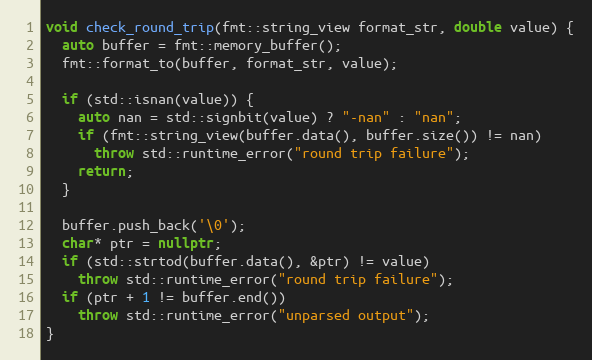
Language: C++
void check_round_trip(fmt::string_view format_str, double value) {
  auto buffer = fmt::memory_buffer();
  fmt::format_to(buffer, format_str, value);

  if (std::isnan(value)) {
    auto nan = std::signbit(value) ? "-nan" : "nan";
    if (fmt::string_view(buffer.data(), buffer.size()) != nan)
      throw std::runtime_error("round trip failure");
    return;
  }

  buffer.push_back('\0');
  char* ptr = nullptr;
  if (std::strtod(buffer.data(), &ptr) != value)
    throw std::runtime_error("round trip failure");
  if (ptr + 1 != buffer.end())
    throw std::runtime_error("unparsed output");
}